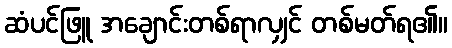
ဆံပင်ဖြူ အချောင်းတစ်ရာလျှင် တစ်မတ်ရ၏။